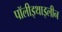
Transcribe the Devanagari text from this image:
पॉलीइथाइलीन